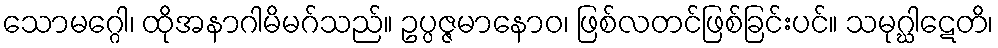
သောမဂ္ဂေါ၊ ထိုအနာဂါမိမဂ်သည်။ ဥပ္ပဇ္ဇမာနောဝ၊ ဖြစ်လတင်ဖြစ်ခြင်းပင်။ သမုဂ္ဃါဋေတိ၊